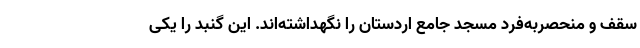
سقف و منحصربه‌فرد مسجد جامع اردستان را نگهداشته‌اند. این گنبد را یکی